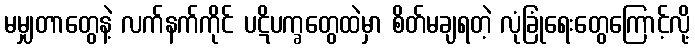
မမျှတာတွေနဲ့ လက်နက်ကိုင် ပဋိပက္ခတွေထဲမှာ စိတ်မချရတဲ့ လုံခြုံရေးတွေကြောင့်လို့